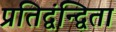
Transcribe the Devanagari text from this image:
प्रतिद्वंन्द्विता